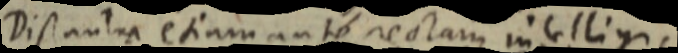
Distantia etiam ante rectam intelligi